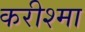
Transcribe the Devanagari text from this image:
करीश्मा